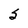
Character: S